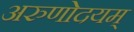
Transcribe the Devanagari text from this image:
अरुणोदयम्